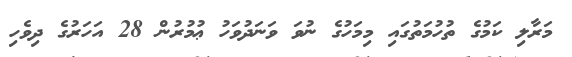
މަރާލި ކަމުގެ ތުހުމަތުގައި މިމަހުގެ ނުވަ ވަނަދުވަހު ޢުމުރުން 28 އަހަރުގެ ދިވެހި